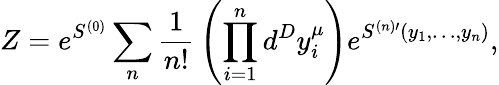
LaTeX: Z=e^{S^{(0)}}\sum_{n}{\frac{1}{n!}}\left(\prod_{i=1}^{n}d^{D}y_{i}^{\mu}\right)e^{S^{(n)\prime}(y_{1},\dots,y_{n})},